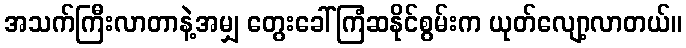
အသက်ကြီးလာတာနဲ့အမျှ တွေးခေါ်ကြံဆနိုင်စွမ်းက ယုတ်လျော့လာတယ်။